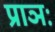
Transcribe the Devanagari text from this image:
प्राञः